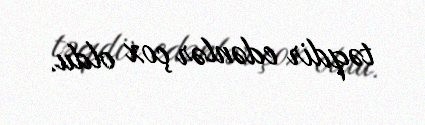
təqdir edənlər çox oldu.